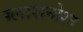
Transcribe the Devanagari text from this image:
ग्लाशनोश्त